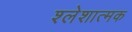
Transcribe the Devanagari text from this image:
श्लेशात्मक